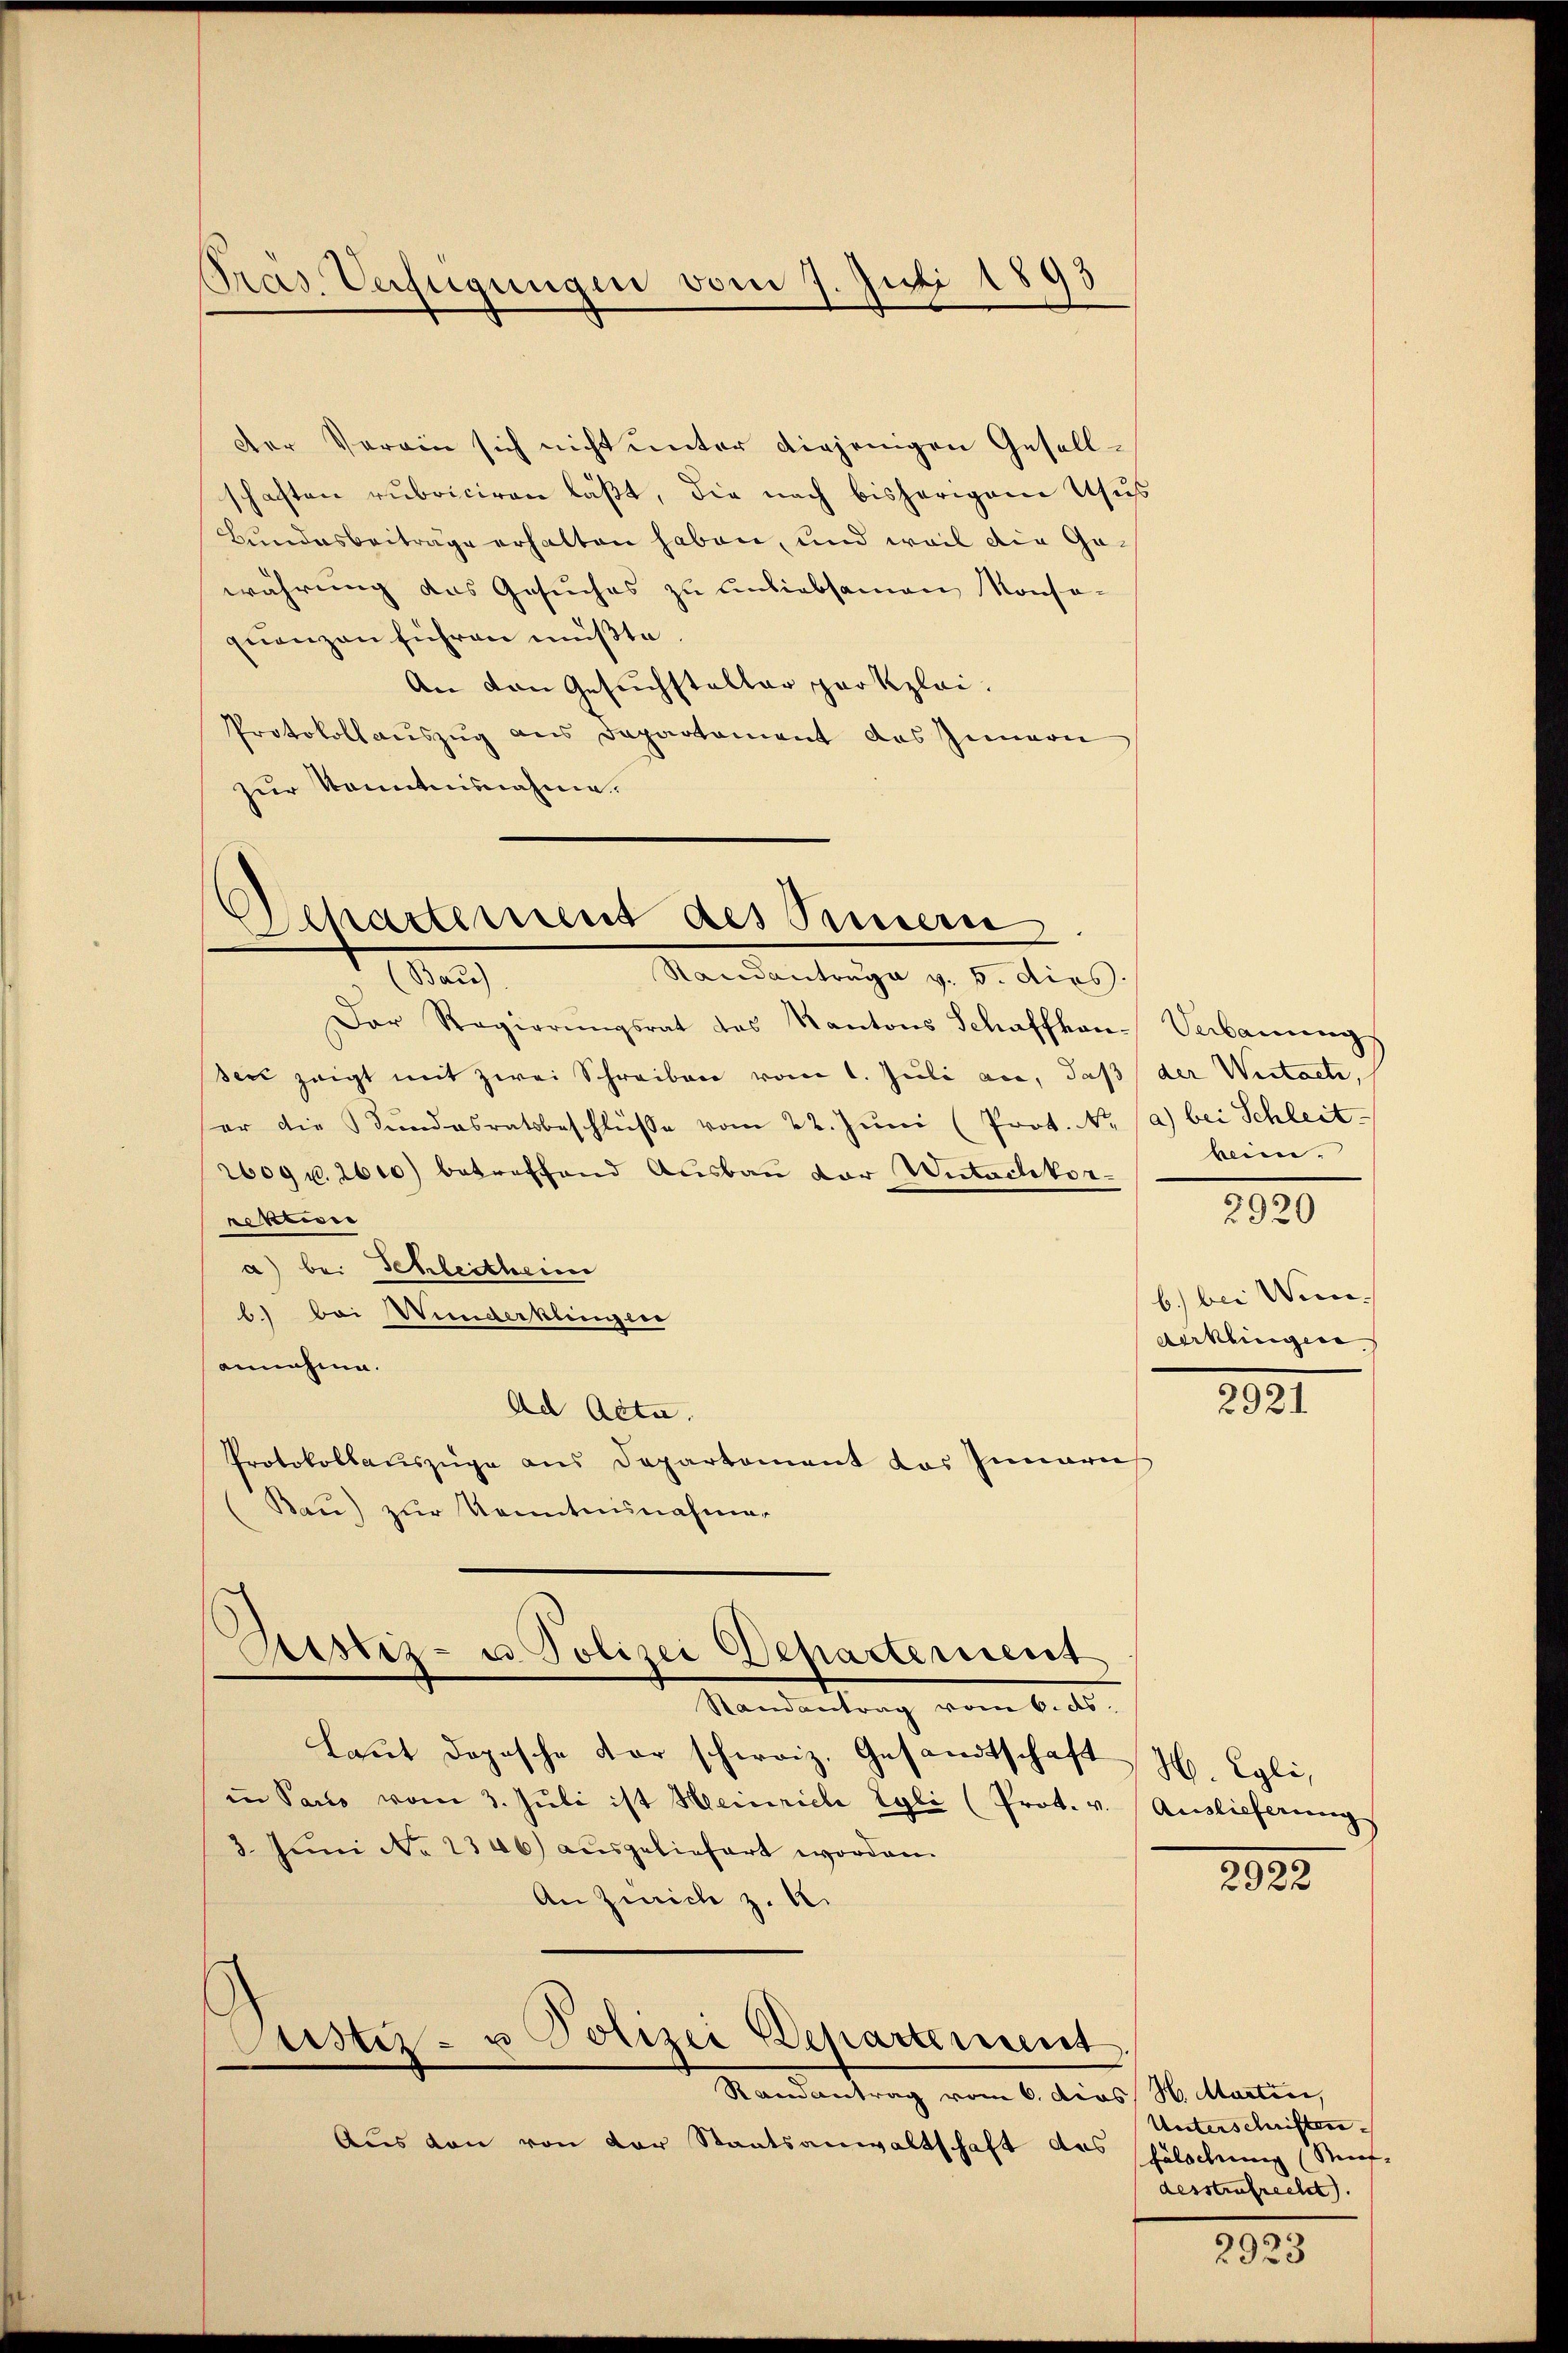
Pras. Verfügungen vom 7. Juli 1893

Der Verein sich nicht unter diejenigen Gesellschaften rubriciren läßt, die nach bisherigem Usus
Bundesbeiträge erhalten haben, und weil die Gewährung das Gesuches zu unliebsamen Konse-
quenzen führen müßte.
An den Gesuchstalter parkzlei.
Protokollauszug aus Departement des Innern
zur Kenntnisnahme.

Departement des Sinnern
Ae
Randantrage v. 5. dies.

Austiz- u Polizei Departement

Der Regierŭngsrat des Kantons Schaffhon-Verbaueng
seić zeigt mit zwei Schreiben vom 1. Juli an, daß der Weitacte,
er die Stŭndesratsbeschlüsse vom 22. Jŭni (Prot. No. (a) bei Schleit
1609 u. 1610) betreffend Ausbau der Untadlikon-
ekten
a) bei Schleitheim
b) bei Wiederkleingen
annahme.
Ad Acta.
Protokollauszüge aus Departement das Innern
Bau) zur Kenntensnahmen
Kustiz- u Polizei Departement
Randantrag vom 6. ds.
Laut doposche der schweiz. Gesandtschaft, H. Egli,
in Paris vom 3. Juli ist Heinrich Egli (Prot. v. Auslieferungs
3. Juni No 1346) ausgeliefert worden.
An Zürich z. B.

Randantrag vom 6. dies N. Martin,
Aus von von der Staatsanwaltschaft das Fälschung (Nuf-

bein.

5920
f

b.) bei Wein- |
derklingen

2921

282.

Unterschriften.
desstrafrecht.

3000
f 30